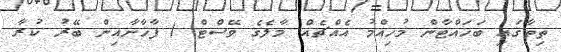
ތިތާގައި ބަހައްޓާން މުހިއްމު އެއްޗެއް މާލެގެ ވޭސްޓް ( ފާޚާނާއިން ބޭރު ކުރާ